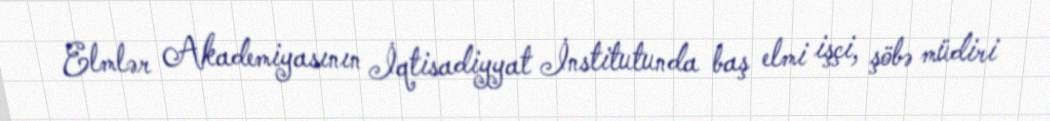
Elmlər Akademiyasının İqtisadiyyat İnstitutunda baş elmi işçi, şöbə müdiri